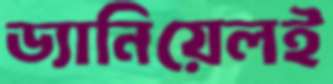
ড্যানিয়েলই